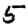
Digit: 5